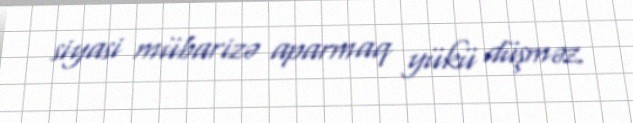
siyasi mübarizə aparmaq yükü düşməz.